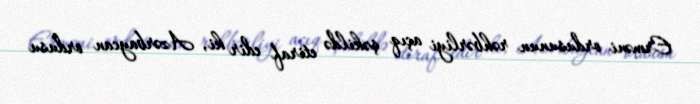
Erməni ordusunun rəhbərliyi açıq şəkildə etiraf edir ki, Azərbaycan ordusu